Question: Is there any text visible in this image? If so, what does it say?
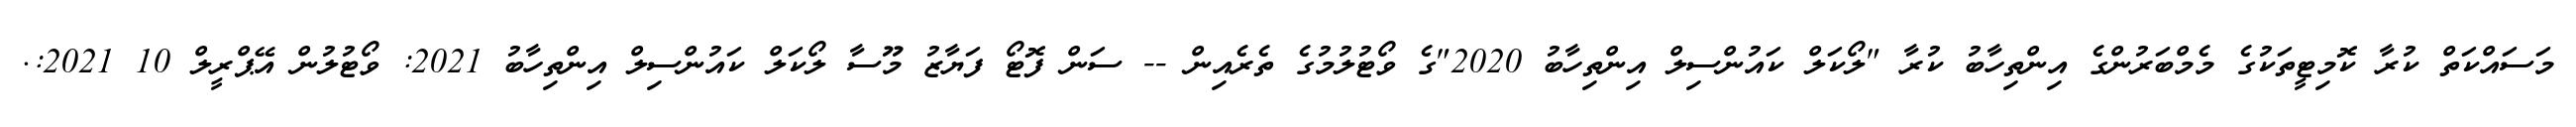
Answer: މަސައްކަތް ކުރާ ކޮމިޓީތަކުގެ މެމްބަރުންގެ އިންތިހާބު ކުރާ "ލޯކަލް ކައުންސިލް އިންތިހާބު 2020"ގެ ވޯޓުލުމުގެ ތެރެއިން -- ސަން ފޮޓޯ ފަޔާޒު މޫސާ ލޯކަލް ކައުންސިލް އިންތިހާބު 2021: ވޯޓުލުން އޭޕްރީލް 10 2021:.